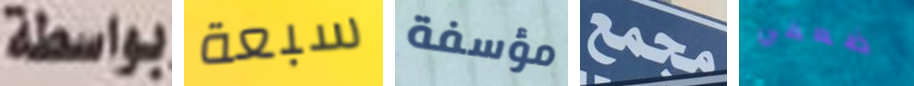
بواسطة سبعة مؤسفة مجمع ضعفي